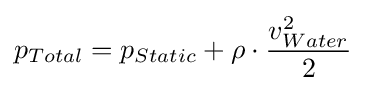
p_{Total}=p_{Static}+\rho \cdot {\frac {v_{Water}^{2}}{2}}\,\!